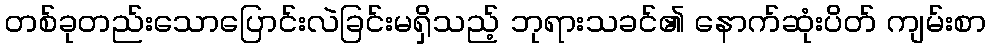
တစ်ခုတည်းသောပြောင်းလဲခြင်းမရှိသည့် ဘုရားသခင်၏ နောက်ဆုံးပိတ် ကျမ်းစာ